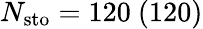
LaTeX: N_{\mathrm{sto}}=120\ (120)